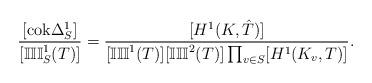
LaTeX: \begin{align*} \frac{[\mathrm{cok}\Delta^1_{S}]}{[\mathbb{III}^1_{S}(T)]}=\frac{[H^1(K,\hat{T})]}{[\mathbb{III}^1(T)][\mathbb{III}^2(T)]\prod_{v\in S}[H^1(K_v,T)]}.\end{align*}